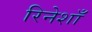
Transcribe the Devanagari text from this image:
रिनेशाँ